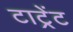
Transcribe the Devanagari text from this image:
टाट्रेंट